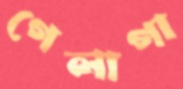
গেলাগা